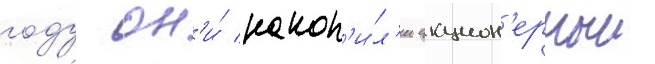
году он'и́ накоп'и́л'и акцион'ерныи